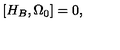
\left[ H _ { B } , \Omega _ { 0 } \right] = 0 ,